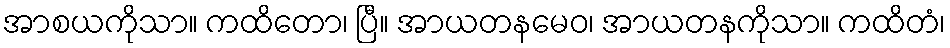
အာစယကိုသာ။ ကထိတော၊ ပြီ။ အာယတနမေဝ၊ အာယတနကိုသာ။ ကထိတံ၊